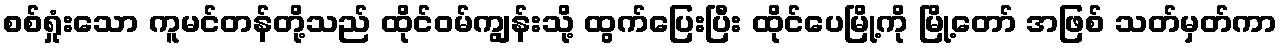
စစ်ရှုံးသော ကူမင်တန်တို့သည် ထိုင်ဝမ်ကျွန်းသို့ ထွက်ပြေးပြီး ထိုင်ပေမြို့ကို မြို့တော် အဖြစ် သတ်မှတ်ကာ